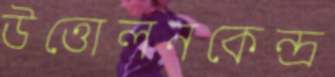
উত্তোলনকেন্দ্র